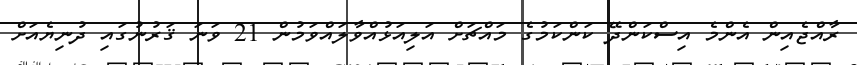
ރާއްޖެއިން އެންމެ އިސްކަންދޭ ކަންކަމުގެ މައްޗަށް އަލިއަޅުއްވާލައްވަމުން 21 ވަނަ ޤަރުނުގައި ދުނިޔެއަށް